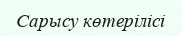
Сарысу көтерілісі